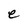
Character: e